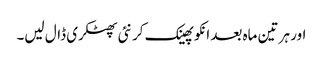
اور ہر تین ماہ بعد انکو پھینک کر نئی پھٹکری ڈال لیں۔